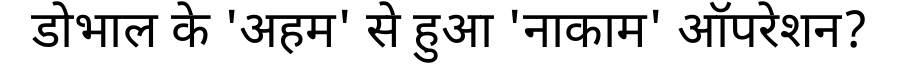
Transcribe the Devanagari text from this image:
डोभाल के 'अहम' से हुआ 'नाकाम' ऑपरेशन?